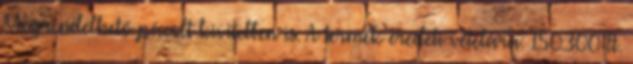
Megrendelhető pácolt kivitelben is. A termék eredeti vételára: 150.300-Ft.